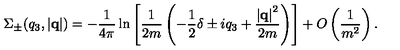
\Sigma _ { \pm } ( q _ { 3 } , \left| { \bf q } \right| ) = - \frac { 1 } { 4 \pi } \ln \left[ \frac { 1 } { 2 m } \left( - \frac { 1 } { 2 } \delta \pm i q _ { 3 } + \frac { \left| { \bf q } \right| ^ { 2 } } { 2 m } \right) \right] + O \left( \frac { 1 } { m ^ { 2 } } \right) .